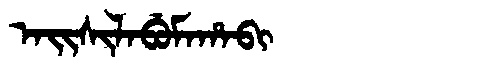
Manchu: ᠠᡳᠰᡳᠯᠠᠪᡠᠮᠠᡥᠠᠪᡳ
Romanization: AISILABUMAHABI